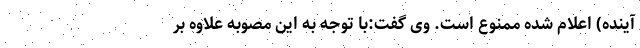
آینده) اعلام شده ممنوع است. وی گفت:با توجه به این مصوبه علاوه بر